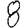
Digit: 8